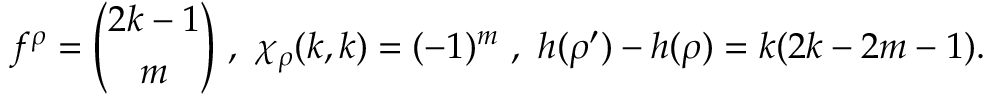
f ^ { \rho } = { \binom { 2 k - 1 } { m } } \ , \ \chi _ { \rho } ( k , k ) = ( - 1 ) ^ { m } \ , \ h ( \rho ^ { \prime } ) - h ( \rho ) = k ( 2 k - 2 m - 1 ) .